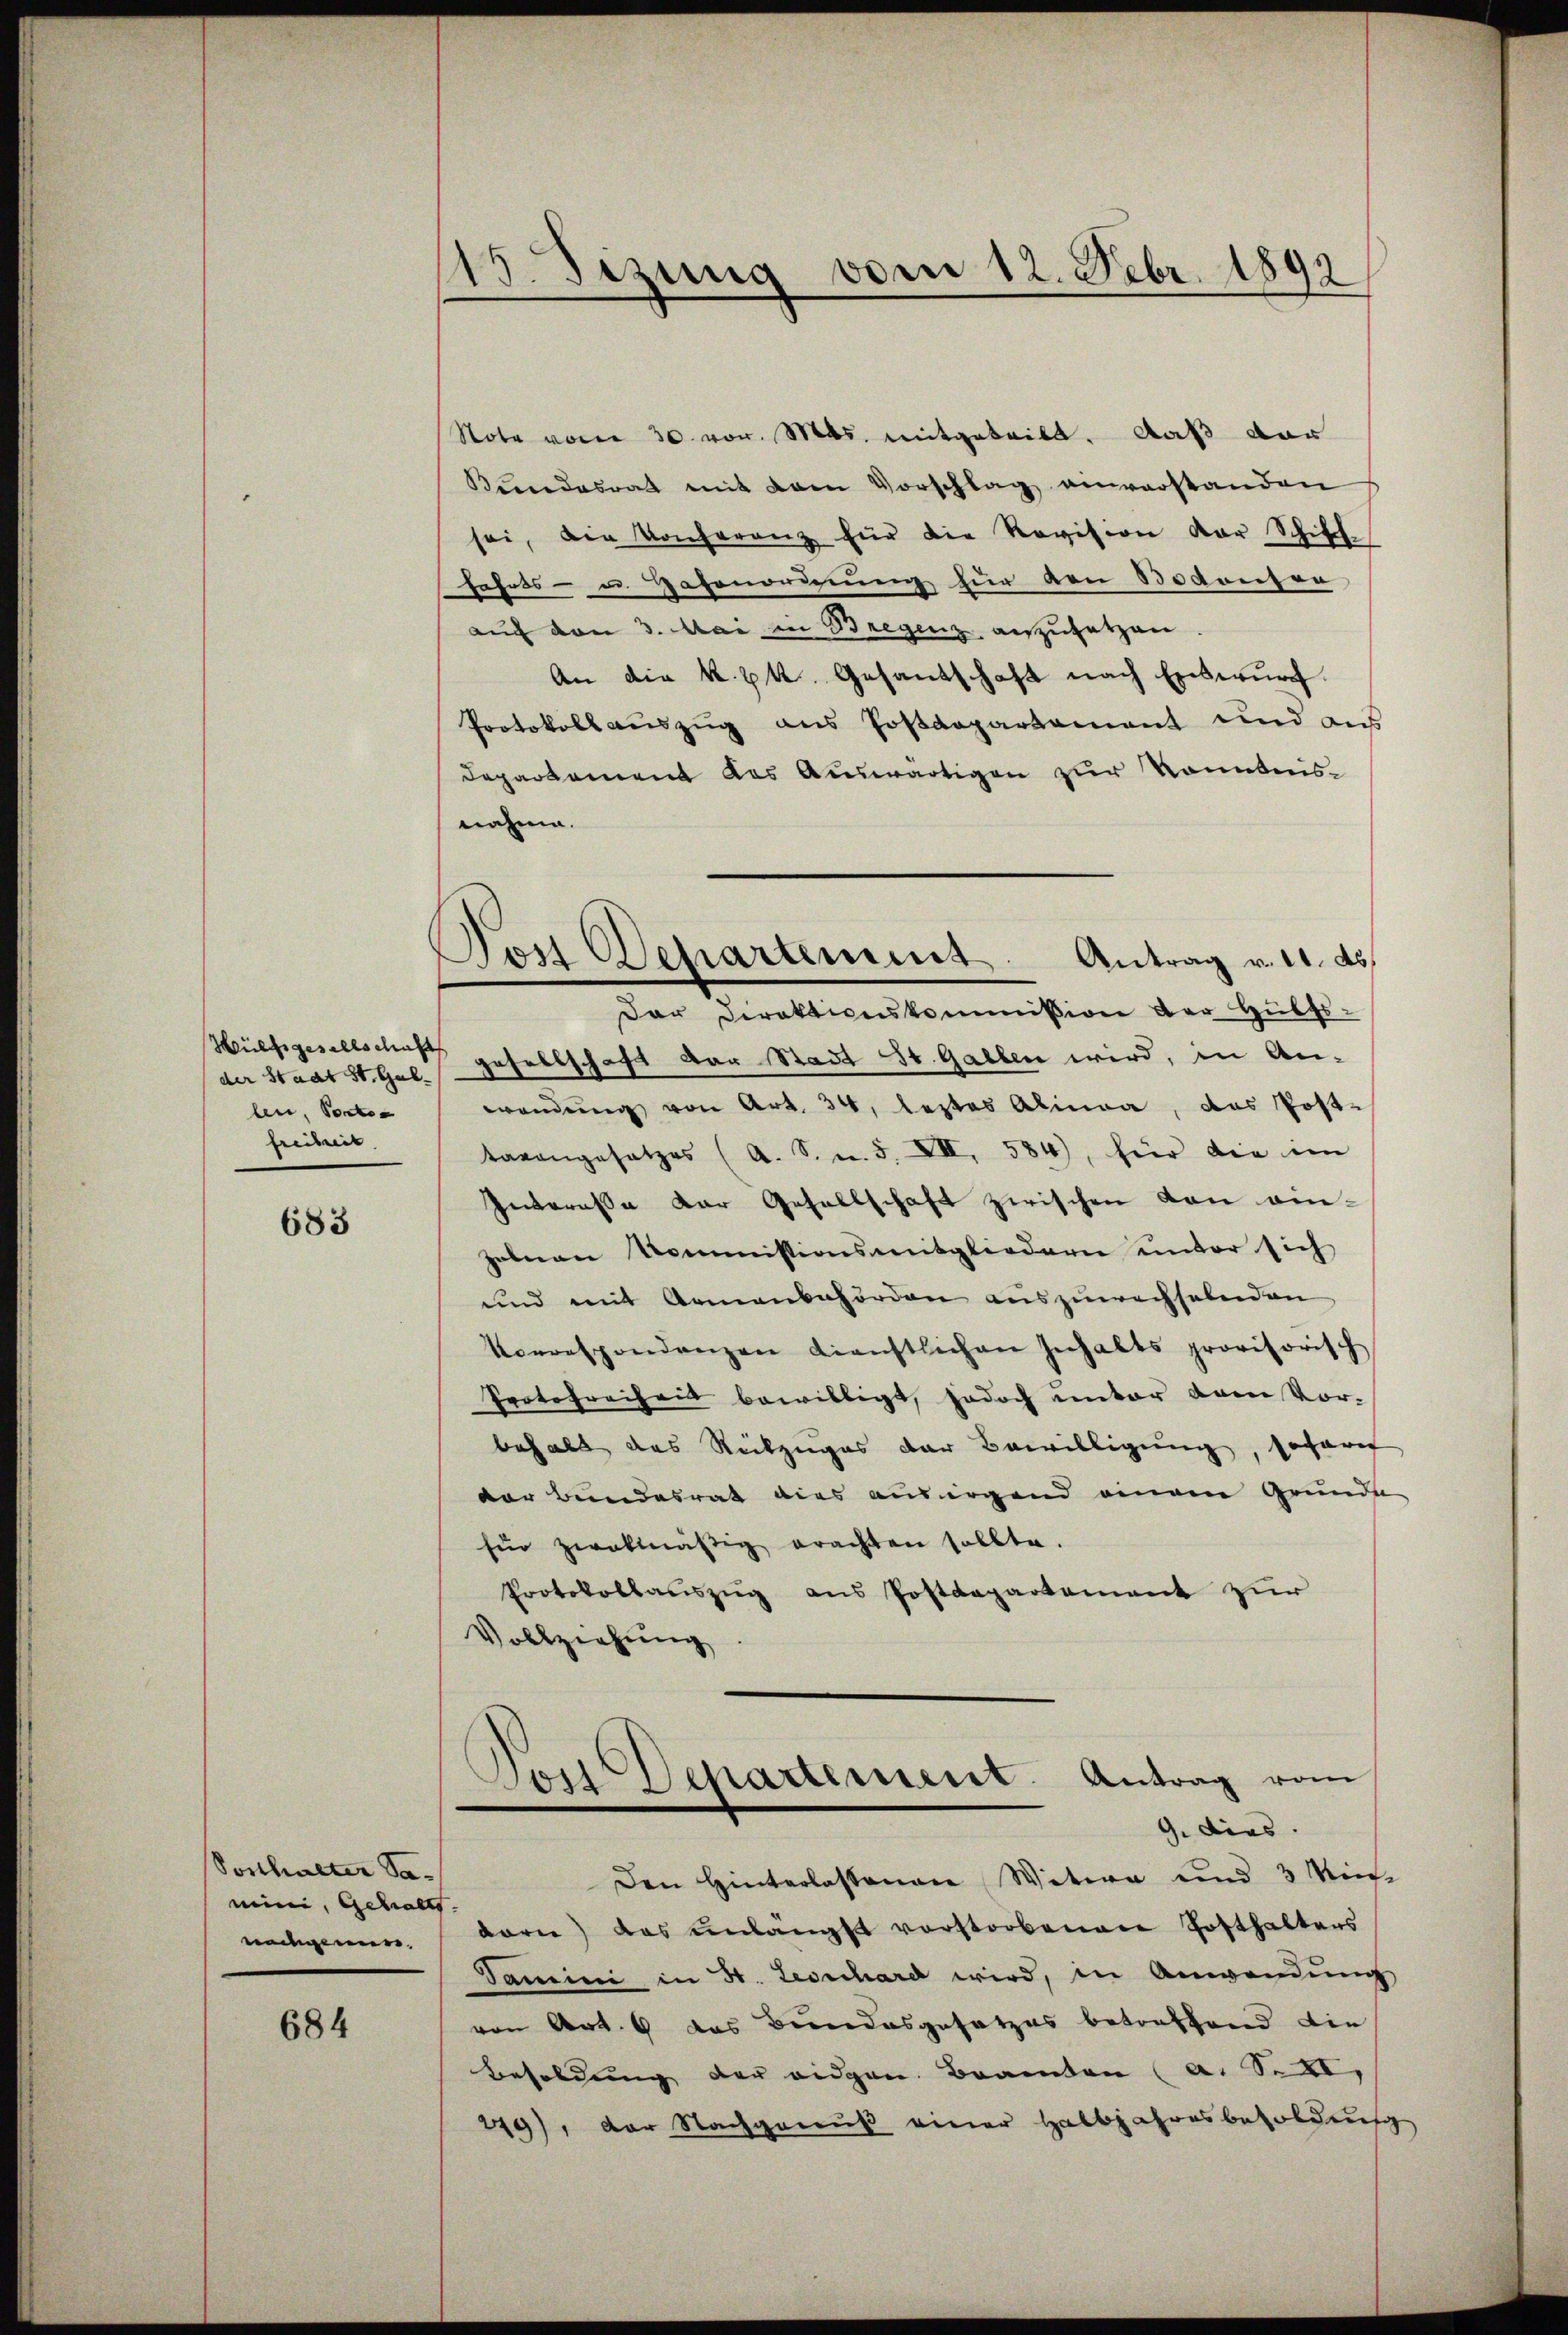
der Staat St. Gallen, Portoa
freiheit

683

Sonhalter Samini, Gehalts.
naugen.

684

118. Sizung vom 12. Febr. 1892

Don Departement
Antrag v. 11. ds.

Note vom 30. vor. Mts. mitgeteilt. Daß dar
Kŭndesrat mit dem Vorschlag einverstanden
sei, die Konferenz für die Revision der Schifffahrts- u. Hafenordnung für den Bodenser
auch den 3. Mai in Bregenz auszusetzen.
An die k. k. Gesandschaft nach Entwurf.
Protokoll aŭszŭg ans Postdepartamant und ans
Departement das Auswärtigen zur Kenntnisnahme.
dar Direktionskommission der Hülfs-
Hüesgesellsches gesellschaft der Stadt St. Gallen wird, in An-
wendŭng von Art. 34, leztes Alinea, das Post-
tevangesetzes (A. S. m. 5. XII, 584), für die im
Interesse der Gesellschaft zwischen von einzahnen Kommissionsmitgliedern unter sich
und mit Armenbehörden auszuwechselnden
Vorrespondenzen dienstlichen Inhalts provisorisch
Protofreiheit bewilligt, jedoch unter dem Vorbehalt das Reitzuges der Bewilligung, sofort
der Bundesrat dies aus irgend einem Grunde
für zwekmäßig erachten sollte.
Protokollauszug aus Postdepartement zur
Vollziehung
Jost Departement. Antrag vom
G. dies.
Den Hinterlassenen Witwe und 3 Min
barn) das unlängst vorstorbenen Hofthalters
Tammini in St. Leonhard wird, in Anwendung
von Art. 6 das Bundesgesetzes betreffend die
Besoldung der eidgen. Beamten (a. Seil,
219), der Nachgenuß einer Halbjahresbesoldung